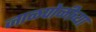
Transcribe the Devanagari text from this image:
जाळपोळीच्या